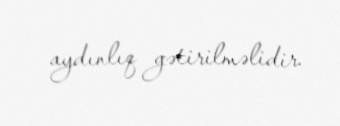
aydınlıq gətirilməlidir.